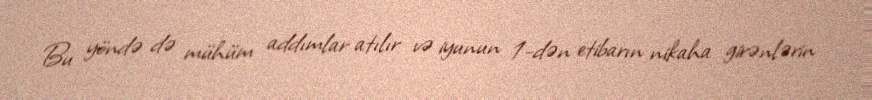
Bu yöndə də mühüm addımlar atılır və iyunun 1-dən etibarın nikaha girənlərin